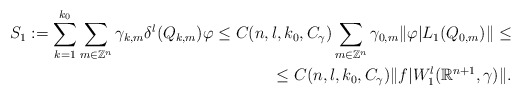
\begin{align*}S_{1}:=\sum\limits_{k=1}^{k_{0}}\sum\limits_{m \in \mathbb{Z}^{n}}\gamma_{k,m} \delta^{l}(Q_{k,m})\varphi \le C(n,l,k_{0},C_{\gamma})\sum\limits_{m \in \mathbb{Z}^{n}}\gamma_{0,m}\|\varphi|L_{1}(Q_{0,m})\| \le \\\le C(n,l,k_{0},C_{\gamma}) \|f|W^{l}_{1}(\mathbb{R}^{n+1},\gamma)\|.\end{align*}